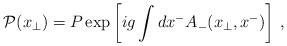
LaTeX: \begin{align*}{\cal P}({x}_\bot)= P \exp\left[ ig\int dx^-A_-(x_{\bot},x^-) \right] \, ,\end{align*}